Calcutta medical institutions reports 1879-81 [i.e.91]
Year: 1879
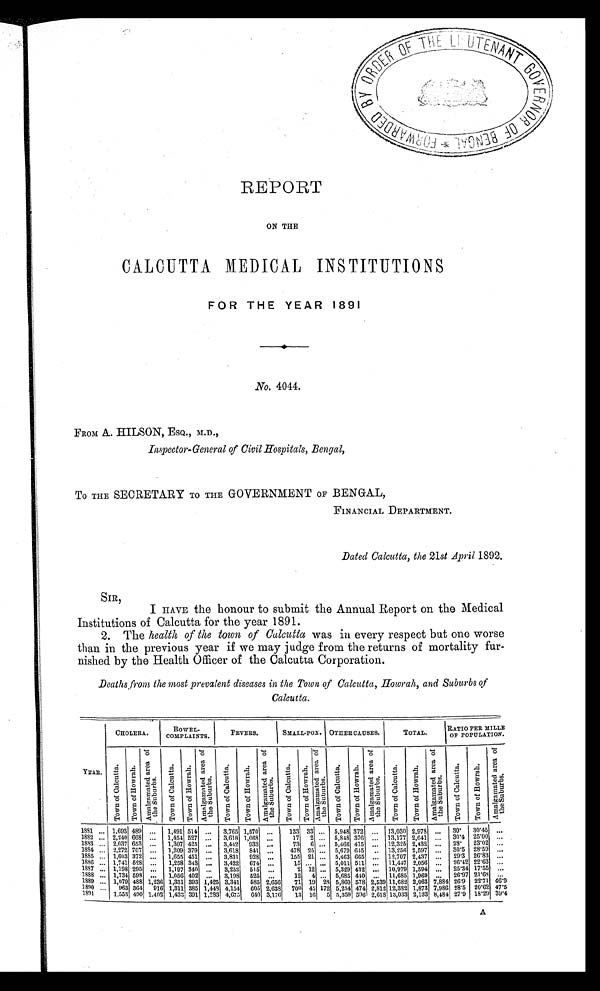
REPORT
ON THE
CALCUTTA MEDICAL INSTITUTIONS
FOR THE YEAR 1891
No. 4044.
FROM A. HILSON, ESQ., M.D.,
Inspector-General of Civil Hospitals, Bengal,
TO THE SECRETARY TO THE GOVERNMENT OF BENGAL,
FINANCIAL DEPARTMENT.
Dated Calcutta, the 21 st April 1892.
SIR,
I HAVE the honour to submit the Annual Report on the Medical
Institutions of Calcutta for the year 1891.
2. The health of the town of Calcutta was in every respect but one worse
than in the previous year if we may judge from the returns of mortality fur-
nished by the Health Officer of the Calcutta Corporation.
Deaths from the most prevalent diseases in the Town of Calcutta, Howrah, and Suburbs of
Calcutta.
YEAR.
CHOLERA.
BOWEL-
COMPLAINTS.
FEVERS.
SMALL-POX. OTHER CAUSES.
TOTAL.
RATIO PER MILLE
OF POPULATION.
T o w n o f C a l c u t t a .
T o w n o f H o w r a h .
A m a l g a m a t e d a r e a o f
t h e S u b u r b s .
T o w n o f C a l c u t t a .
T o w n o f H o w r a h .
A m a l g a m a t e d a r e a o f
t h e S u b u r b s .
T o w n o f C a l c u t t a .
T o w n o f H o w r a h .
A m a l g a m a t e d a r e a o f
t h e S u b u r b s .
T o w n o f C a l c u t t a .
T o w n o f H o w r a h .
A m a l g a m a t e d a r e a o f
t h e S u b u r b s .
T o w n o f C a l c u t t a . T o w n o f H o w r a h .
A m a l g a m a t e d a r e a o f
t h e S u b u r b s .
T o w n o f C a l c u t t a .
T o w n o f H o w r a h .
A m a l g a m a t e d a r e a o f
t h e S u b u r b s .
T o w n o f C a l c u t t a .
T o w n o f H o w r a h .
A m a l g a m a t e d a r e a o f
t h e S u b u r b s .
1881
. . . 1,693 489
. . .
1,491 514 . . .
3,765 1,570 . . .
133 33
. . . 5,948 372 ... 13,030 2,978
. . .
30.
30.45
. . .
1882
. . . 2,240 668
. . .
1,454 527 . . .
3,618 1,068 . . .
17 2
. . . 5,848 376 ... 13,177 2,641
. . .
30.4 25.00
. . .
1883
. . . 2,037 653
. . .
1,307 425
. . .
3,442 933 . . .
73 6
. . . 5,466 415 ... 12,325 2,432 . . .
28. 23.02
. . .
1884
. . . 2,272 707
. . .
1,209 379
. . .
3,618 841 . . .
478 25
. . . 5,679 645
. . 13,256 2,597
. . .
30.5 28.59
. . .
1885
. . . 1,603 372
. . .
1,655 451 . . .
3,831 928 . . .
155 21
. . . 5,463 665 ... 12,707 2,437 . . .
29.3 26.83
. . .
1886
. . . 1,741 528
. . .
1,258 343 . . .
3,422 674 . . .
15 . . .
. . . 5,011 511 ... 11,447 2,056
. . .
26.42 22.63
. . .
1887
. . . 1,198 295
. . .
1,197 340 . . .
3,253 515 . . .
2 12
. . . 5,329 432 ... 10,979 1,594
. . .
25.34 17.55
. . .
1888
. . . 1,734 598 . . .
1,056 402 . . .
3,198 525 . . .
12 4
. . . 5,685 440 . . . 11,685 1,969
. . .
26.97 21.68
. . .
1889
. . . 1,079 488 1,236 1,331 393 1,425 3,341 585 2,656
71 19 28 5,860 578 2,539 11,682 2,063 7,884 26.9 22.71 46.9
1890
. . . 963 364 916 1,311 385 1,448 4,154 605 2,638 700 45 172 5,254 474 2,812 12,382 1,873 7,986 28.5 20.62 47.5
1891
1,553 490 1,402 1,433 391 1,283 4,675 640 3,176
13 16 5 5,359 596 2,618 13,033 2,133 8,484 27.9 18.29 39.4
A